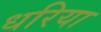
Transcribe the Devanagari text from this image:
धरिया